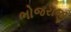
ભોજરાજી